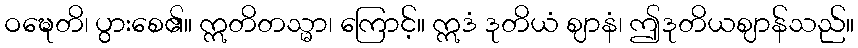
ဝဍ္ဎေတိ၊ ပွားစေ၏။ ဣတိတသ္မာ၊ ကြောင့်။ ဣဒံ ဒုတိယံ ဈာနံ၊ ဤဒုတိယဈာန်သည်။